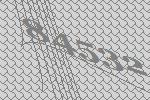
84532